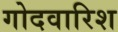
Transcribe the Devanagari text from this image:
गोदवारिश